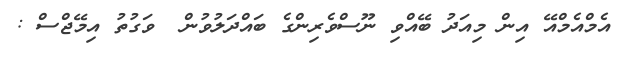
އެމްއެމްއޭ އިން މިއަދު ބޭއްވި ނޫސްވެރިންގެ ބައްދަލުވުން  ވަގުތު އިމޭޖްސް :